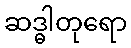
ဆဒ္ဓါတုရော